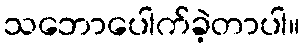
သဘောပေါက်ခဲ့တာပါ။